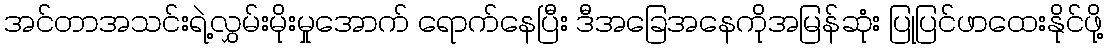
အင်တာအသင်းရဲ့လွှမ်းမိုးမှုအောက် ရောက်နေပြီး ဒီအခြေအနေကိုအမြန်ဆုံး ပြုပြင်ဖာထေးနိုင်ဖို့